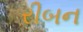
રીબન